Annual report of the Punjab Veterinary College and of the Civil Veterinary Department, Punjab - 1926-1932
Year: 1926
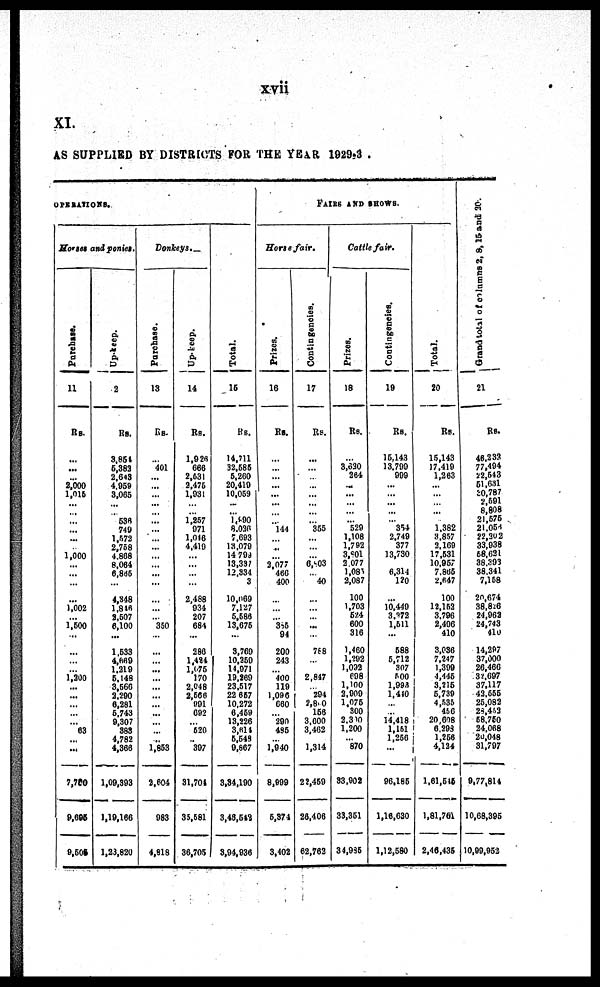
xvii
XI.
AS SUPPLIED BY DISTRICTS FOR THE YEAR 1929-30.
OPERATIONS.
Horses and
penies.
Parchase.
11
Rs.
…
...
… 2,000
1,015
... ...
...
… ...
… 1,000
…
…
…
…
1,002
… 1,500
…
…
…
… 1,200
… ...
…
…
… 63
… ...
7,700
9,695
9,505
Up-keep.
12
Rs.
3,854
5,383
2,643
4,959
3,065
... ... 536
749
1,572
2,758
4,868
8,064
6,865
…
4,348
1,846
2,507
6,100
...
1,533
4,669
1,219
5,148
3,566
2,290
6,281
5,743
9,307
383
4,782
4,366
1,09,393
1,19,166
1,23,820
Donkeys.–
Purchase.
13
Rs.
…
401
…
…
…
… ...
...
…
…
…
…
…
…
…
…
…
… 350
…
…
…
…
…
…
…
… …
…
… …
1,853
2,604
983
4,618
Up-keep.
14
Rs.
1,926
666
2,531
2,475
1,931
... ... 1,257
971
1,016
4,410
…
…
…
…
2,488
934
207
684
…
286
1,484
1,075
170
2,048
2,566
991
692
… 520
... 397
31,704
35,581
36,705
Total.
15
Rs.
14,711
32,586
5,260
20,419
10,059
...
... 1,890
8,036
7,693
13,079
14,799
13,337
12,334
3
10,069
7,127
5,586
13,675
…
3,760
10,250
14,971
19,269
23,517
22, 657
10,272
6,459
13,226
3,614
5,549
9,867
3,34,190
3,48,542
3,94,936
FAIRS AND SHOWS.
Horts fair.
Prizes.
16
Rs.
…
…
…
…
...
… ...
... 144
… ...
… 2,077
466
400
…
…
… 385
94
200
243
… 400
119
1,096
660
… 290
435
… 1,940
8,999
5,374
3,402
Contingencies.
17
Rs.
…
…
…
…
…
…
355
…
…
… 6,803
… 40
…
…
… ...
…
788
…
2,847
… 294
2,800
156
3,600
3,462
1,314
22,459
26,406
62,763
Cattle fair.
Prizes.
18
Rs.
…
3,620
264
...
…
… ...
... 529
1,108
1,792
3,801
3,077
1,085
2,087
100
1,703
524
600
316
1,460
1,292
1,092
698
1,100
2,909
1,075
300
2,300
1,200
… 870
33,902
33,351
34,985
Contingencies.
19
Rs.
15,143
13,799
999
…
…
… ...
... 354
2,749
377
13,780
… 6,314
120
…
10,440
3,272
1,511
...
588
5,712
307
500
1,998
1,440
…
… 14,418
1,151
1,256
...
96,186
1,16,630
1,12,580
Total.
20
Rs.
15,143
17,419
1,263
…
…
… ...
... 1,382
3,857
2,169
17,531
10,957
7,865
2,647
100
12,152
3,796
2,496
410
3,036
7,247
1,399
4,445
3,216
5,739
4,535
456
20,608
6,298
1,256
4,134
1,61,545
1,81,761
2,46,435
Grand total
of columns 2, 8, 15 and 20.
21
Rs.
46,233
77,494
22,543
51,631
30,787
2,591
8,808
21,575
21,054
22,302
33,938
58,631
38.391
38.341
7,158
20,674
38,826
24,962
24,743
410
14,297
37,000
26,460
37,697
37,117
43.666
25,082
28,432
68.760
24.068
20,048
31,797
9,77,814
10,68,395
10,99,953